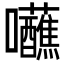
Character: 𡆖